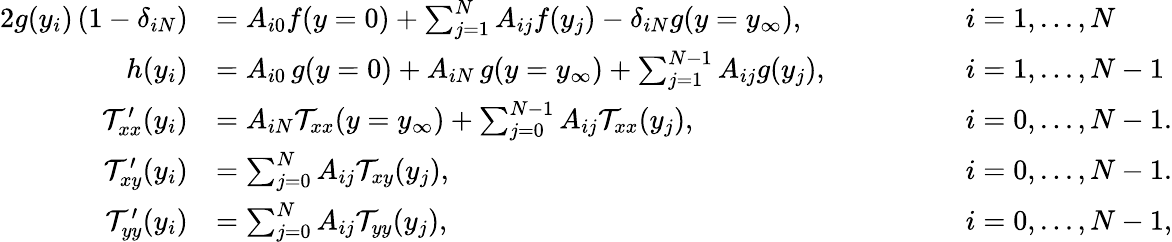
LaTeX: \begin{array}{rlrl}{{2}g(y_{i})\left(1-\delta_{iN}\right)}&{=A_{i0}f(y=0)+\sum_{j=1}^{N}A_{ij}f(y_{j})-\delta_{iN}g(y=y_{\infty}),\quad\quad\quad}&&{i=1,...,N}\\ {h(y_{i})}&{=A_{i0}\, g(y=0)+A_{iN}\, g(y=y_{\infty})+\sum_{j=1}^{N-1}A_{ij}g(y_{j}),\quad\quad\quad}&&{i=1,...,N-1}\\ {\mathcal{T}_{xx}^{\prime}(y_{i})}&{=A_{iN}\mathcal{T}_{xx}(y=y_{\infty})+\sum_{j=0}^{N-1}A_{ij}\mathcal{T}_{xx}(y_{j}),\quad\quad\quad}&&{i=0,...,N-1.}\\ {\mathcal{T}_{xy}^{\prime}(y_{i})}&{=\sum_{j=0}^{N}A_{ij}\mathcal{T}_{xy}(y_{j}),\quad\quad\quad}&&{i=0,...,N-1.}\\ {\mathcal{T}_{yy}^{\prime}(y_{i})}&{=\sum_{j=0}^{N}A_{ij}\mathcal{T}_{yy}(y_{j}),\quad\quad\quad}&&{i=0,...,N-1,}\end{array}